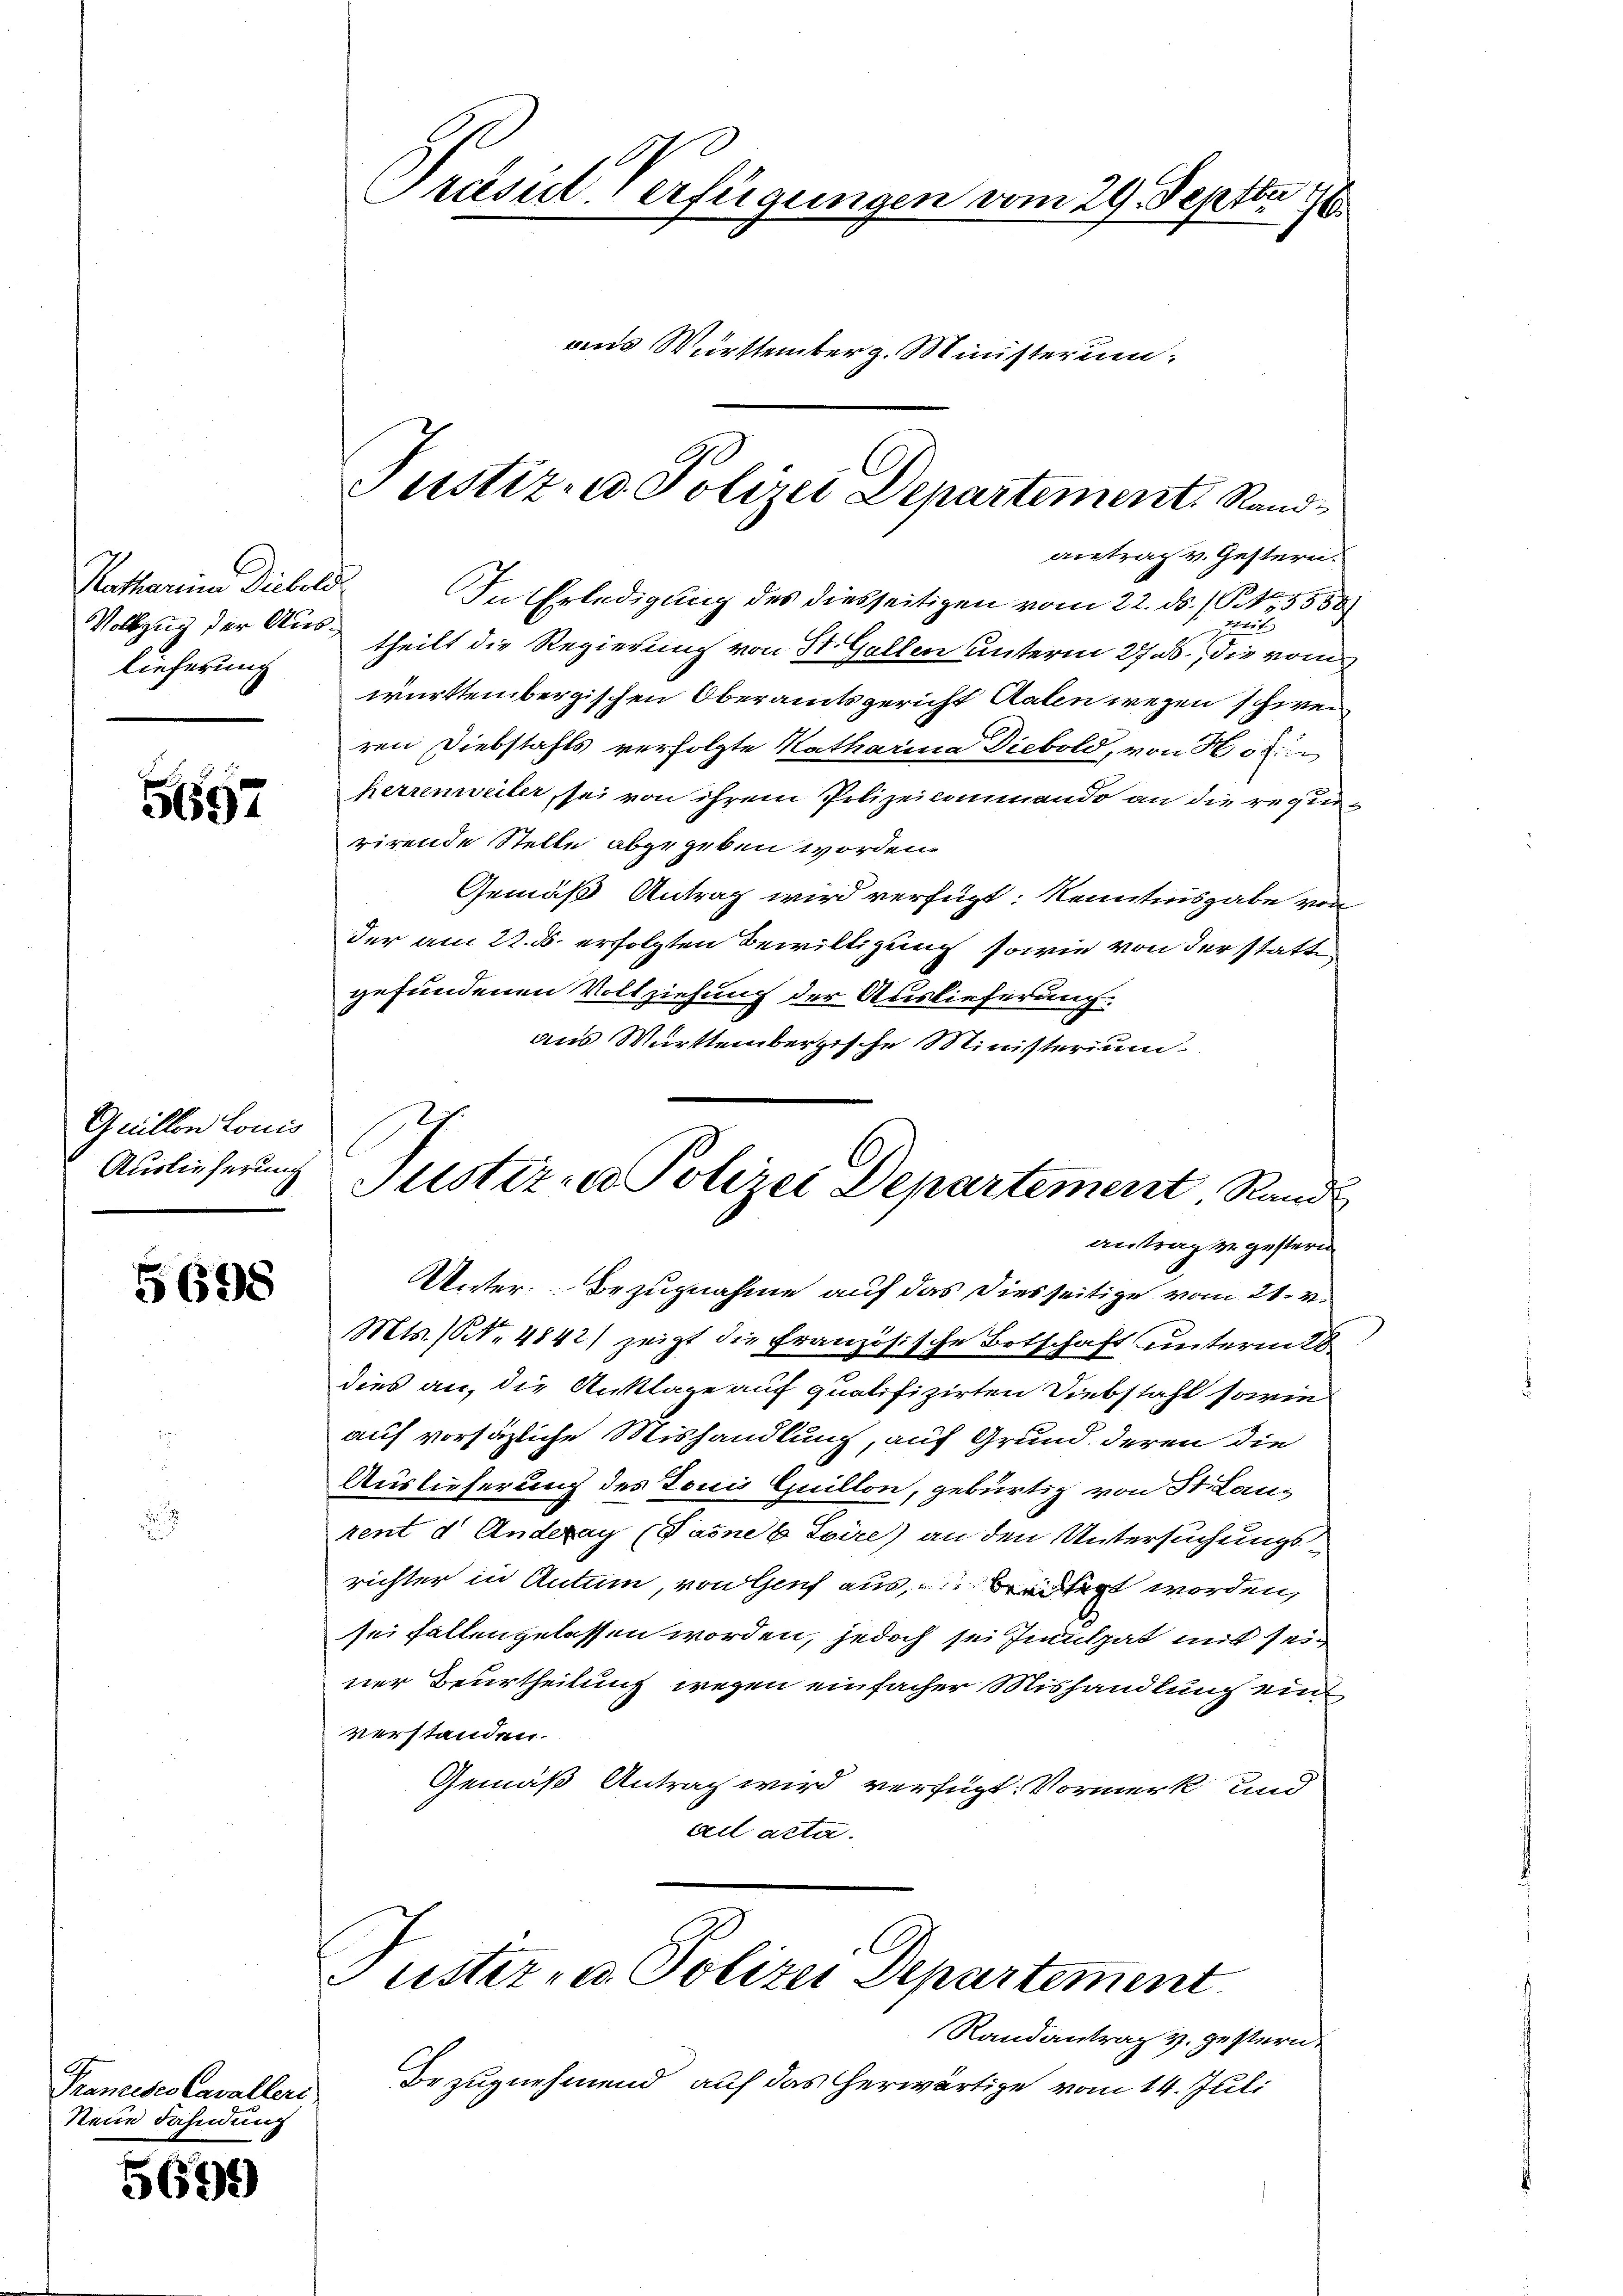
Katharina Diebold
lieferung

5697

Quillen Louis
Auslieferung

5698

Prancesco Cavalleri
Neue Fahndung

5699

Präsid Verfügungen vom 29. Septbr 1798.
aus Württemberg. Ministerum:

antrag v. Gestern.
In Erledigung des diesseitigen vom 22. ds. (T.4, 555
wart
Vollzu der Austheilt die Regierung von St. Gallen unterm 27. ds., die vom
württembergischen Oberamtsgericht Kalen wegen schweren Diebstahls verfolgte Katharina Diebold, von Hot
herrenweiler, sei von ihrem Polizeikommendo an die regier
rirende Stelle abgegeben worden.
Gemäß Antrag wird verfügt: Kenntnisgabe von
der am 22. ds. erfolgten Bewilligung sowie von der statte
gefundenen Vollziehung der Auslieferung.
aus Württembergische Ministerium
Unter Bezugnahme auf das diesseitige vom 21. v.
Mts. (S. 4842) zeigt die französische Botschaft unterm 28
dies an, die Anklage auf qualifizirten Diebstahl sowie
auf vorsäzliche Mishandlung, auf Grund deren die
Auslieferung des Tonis Quillon, gebürtig von St. Laus
rent d. Anderay (Tannes Loire) an den Untersuchungsrichter in Actum, von Genf aus, weitet worden,
sei fallengelassen worden, jedoch sei Induthat mit sein
ner Beurtheilung wegen einfacher Mishandlung einverstanden.
Gemäß Antrag wird verfügt: Vormerk und
ad acta.
Tuster- u Polizei Departement.
Randantrag u. gestern.
Bezugnehmend auf das herwärtige vom 14. Juli

Justiz- u. Polizei Departement Stand¬

Justiz- u Polizei Departement, Rand
antrag zu gestern